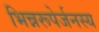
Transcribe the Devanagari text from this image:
भिन्नरूपेर्जनस्य